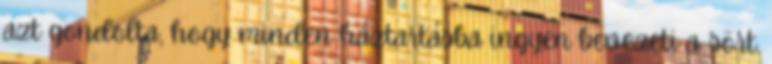
azt gondolta, hogy minden háztartásba ingyen bevezeti a sört.